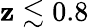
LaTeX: \mathbf{z}\lesssim0.8